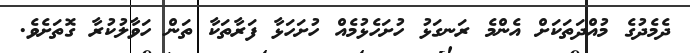
ދެމެދުގެ މުއްދަތަކަށް އެންމެ ރަނގަޅު ހުށަހެޅުމެއް ހުށަހަޅާ ފަރާތަކާ ތަން ހަވާލުކުރާ ގޮތަށެވެ.